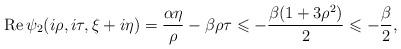
LaTeX: \begin{align*}\operatorname{Re}\psi_2(i\rho,i\tau,\xi+i\eta)=\frac{\alpha\eta}{\rho}-\beta\rho\tau\leqslant -\frac{\beta(1+3\rho^2)}{2}\leqslant-\frac{\beta}{2},\end{align*}